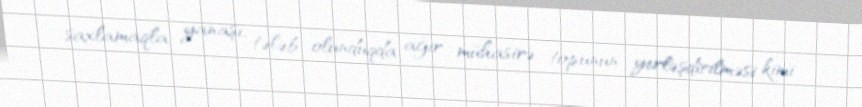
saxlamaqla yanaşı, tələb olunduqda ağır mühasirə topunun yerləşdirilməsi kimi